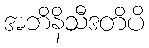
အဘိနိသီဒတိပိ